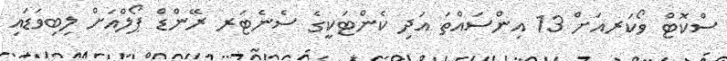
ސްކޮޓް ވޯކަރއަށް 13 އިންސައްތަ އަދި ކެންޓަކީގެ ސެނެޓަރ ރޭންޑް ޕޯލްއަށް ލިބިވަޑައި